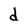
Character: d